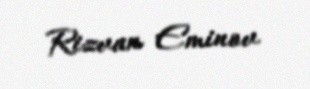
Rizvan Eminov